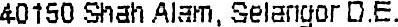
40150 SHAH ALAM, SELANGOR D.E.